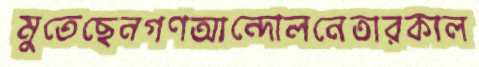
মুতেছেনগণআন্দোলনেতারকাল